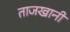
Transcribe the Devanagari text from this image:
ताजखानी